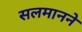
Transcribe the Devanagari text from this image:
सलमानने